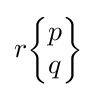
r{\begin{Bmatrix}p\\q\end{Bmatrix}}